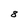
Character: 8